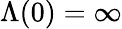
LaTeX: \Lambda(0)=\infty